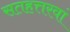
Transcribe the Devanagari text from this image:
सतहत्तरवां